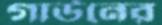
গাউনের